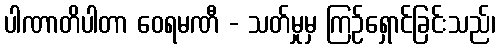
ပါဏာတိပါတာ ဝေရမဏီ - သတ်မှုမှ ကြဉ်ရှောင်ခြင်းသည်၊